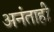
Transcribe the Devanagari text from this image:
अनंताही